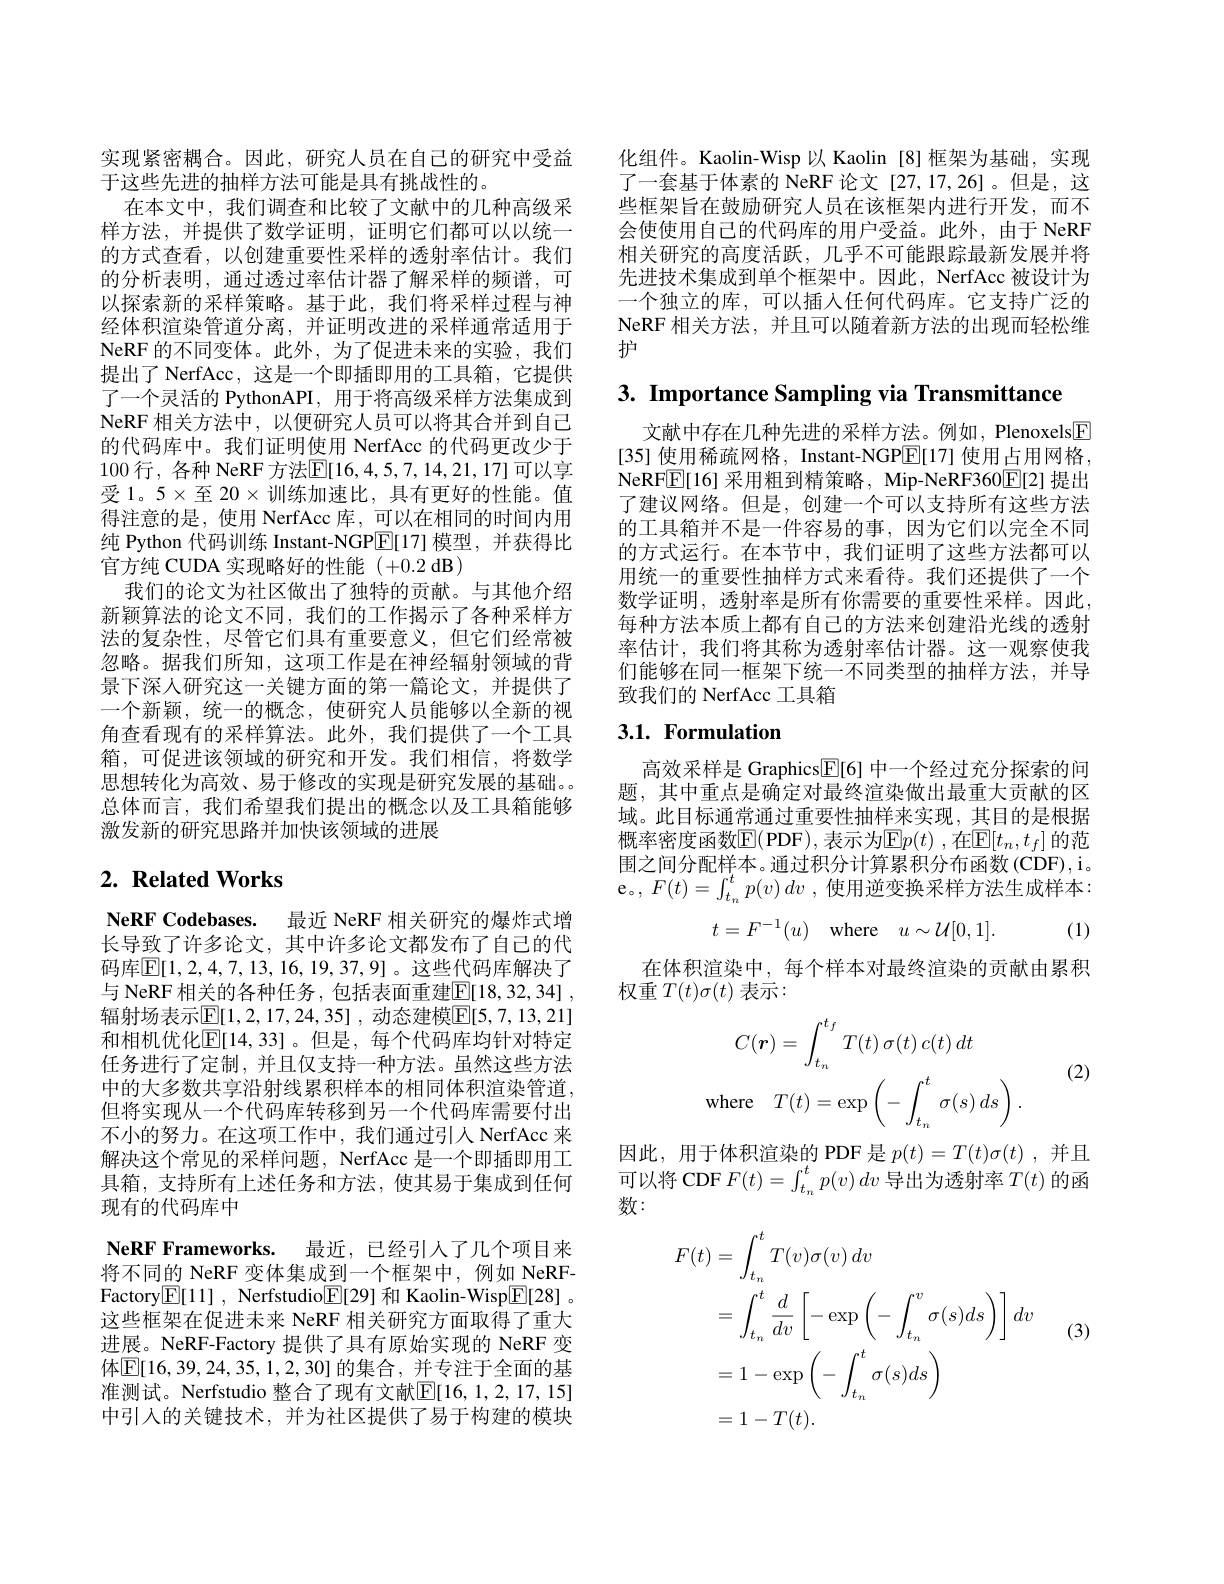
实现紧密耦合。因此，研究人员在自己的研究中受益
于这些先进的抽样方法可能是具有挑战性的。
在本文中，我们调查和比较了文献中的几种高级采样方法，并提供了数学证明，证明它们都可以以统一的方式查看，以创建重要性采样的透射率估计。我们的分析表明，通过透过率估计器了解采样的频谱，可以探索新的采样策略。基于此，我们将采样过程与神经体积渲染管道分离，并证明改进的采样通常适用于NeRF 的不同变体。此外，为了促进未来的实验，我们提出了 NerfAcc, 这是一个即插即用的工具箱，它提供了一个灵活的 PythonAPI, 用于将高级采样方法集成到NeRF 相关方法中，以便研究人员可以将其合并到自己的代码库中。我们证明使用 NerfAcc 的代码更改少于100 行，各种 NeRF 方法$\overline{\mathbb{E}}[16,4,5,7,14,21,17]$ 可以享受 1。5×至 $20\times$训练加速比，具有更好的性能。值得注意的是，使用 NerfAcc 库，可以在相同的时间内用纯 Python 代码训练 Instant-NGP$\boxed{\mathrm{E}}[17]$模型，并获得比官方纯 CUDA 实现略好的性能 (+0.2 dB)
我们的论文为社区做出了独特的贡献。与其他介绍新颖算法的论文不同，我们的工作揭示了各种采样方法的复杂性，尽管它们具有重要意义，但它们经常被忽略。据我们所知，这项工作是在神经辐射领域的背景下深人研究这一关键方面的第一篇论文，并提供了一个新颖，统一的概念，使研究人员能够以全新的视角查看现有的采样算法。此外，我们提供了一个工具箱，可促进该领域的研究和开发。我们相信，将数学思想转化为高效、易于修改的实现是研究发展的基础。总体而言，我们希望我们提出的概念以及工具箱能够激发新的研究思路并加快该领域的进展

## $2. \textbf{ Related Works}$

NeRF Codebases. 最近 NeRF 相关研究的爆炸式增长导致了许多论文，其中许多论文都发布了自己的代码库$\overline{\mathbb{E}}[1,2,4,7,13,16,19,37,9]$。这些代码库解决了与 NeRF 相关的各种任务，包括表面重建$\mathbb{E} [ 18, 32, 34]$ , 辐射场表示[E[1,2,17,24,35],动态建模[E[5,7,13,21]] 和相机优化$\overline{\mathrm{E}}[14,33]$。但是，每个代码库均针对特定任务进行了定制，并且仅支持一种方法。虽然这些方法中的大多数共享沿射线累积样本的相同体积渲染管道。但将实现从一个代码库转移到另一个代码库需要付出不小的努力。在这项工作中，我们通过引人 NerfAcc 来解决这个常见的采样问题，NerfAcc 是一个即插即用工具箱，支持所有上述任务和方法，使其易于集成到任何现有的代码库中
NeRF Frameworks. 最近，已经引人了几个项目来将不同的 NeRF 变体集成到一个框架中，例如 NeRFFactory$\boxed{\mathbb{E}}[11]$, Nerfstudio$\boxed{\mathbb{E}}[29]$和 Kaolin-Wisp$\boxed{\mathbb{E}}[28].$ 这些框架在促进未来 NeRF 相关研究方面取得了重大进展。NeRF-Factory 提供了具有原始实现的 NeRF 变体$\boxed{\mathbb{E}}[16,39,24,35,1,2,30]$ 的集合，并专注于全面的基准测试。Nerfstudio 整合了现有文献$\mathbb{E}[16,1,2,17,15]$ 中引入的关键技术，并为社区提供了易于构建的模块

化组件。Kaolin-Wisp以 Kaolin [8]框架为基础，实现了一套基于体素的 NeRF 论文 [27,17,26]。但是，这些框架旨在鼓励研究人员在该框架内进行开发，而不会使使用自己的代码库的用户受益。此外，由于 NeRF 相关研究的高度活跃，几乎不可能跟踪最新发展并将先进技术集成到单个框架中。因此，NerfAcc 被设计为一个独立的库，可以插入任何代码库。它支持广泛的NeRF 相关方法，并且可以随着新方法的出现而轻松维护

3. Importance Sampling via Transmittance

文献中存在几种先进的采样方法。例如，Plenoxels$\boxed{\mathrm{F}}$ [35] 使用稀疏网格，Instant-NGP$\boxed{\mathbb{E}}[17]$使用占用网格， NeRF$\boxed{\mathbb{E}}[16]$采用粗到精策略，Mip-NeRF360$\boxed{\mathbb{E}}[2]$提出了建议网络。但是，创建一个可以支持所有这些方法的工具箱并不是一件容易的事，因为它们以完全不同的方式运行。在本节中，我们证明了这些方法都可以用统一的重要性抽样方式来看待。我们还提供了一个数学证明，透射率是所有你需要的重要性采样。因此， 每种方法本质上都有自己的方法来创建沿光线的透射率估计，我们将其称为透射率估计器。这一观察使我们能够在同一框架下统一不同类型的抽样方法，并导致我们的 NerfAcc 工具箱

## 3.1. Formulation

高效采样是 Graphics$\underline{\mathrm{E}}[6]$中一个经过充分探索的问题，其中重点是确定对最终渲染做出最重大贡献的区域。此目标通常通过重要性抽样来实现，其目的是根据概率密度函数E(PDF),表示为E$p( t) $,在E$[ t_n, t_f]$的范围之间分配样本。通过积分计算累积分布函数(CDF),i。e。,$F( t) = \int _{t_n}^{t}p( v)$ $dv$ ,使用逆变换采样方法生成样本：
$$t=F^{-1}(u)\quad\text{where}\quad u\sim\mathcal{U}[0,1].$$
(1)

在体积渲染中，每个样本对最终渲染的贡献由累积
权重$T(t)\sigma(t)$ 表示：
$$\begin{aligned}C(\boldsymbol{r})&=\int_{t_n}^{t_f}T(t)\:\sigma(t)\:c(t)\:dt\\\mathrm{where}\quad T(t)&=\exp\left(-\int_{t_n}^t\:\sigma(s)\:ds\right).\end{aligned}$$
(2)

因此，用于体积渲染的 PDF 是$p(t)=T(t)\sigma(t)$ ,并且可以将 CDF $F( t) = \int _{t_n}^tp( v)$ $dv$导出为透射率$T(t)$的函数：

(3)
$$\begin{aligned}F(t)&=\int_{t_n}^tT(v)\sigma(v)\:dv\\&=\int_{t_n}^t\frac{d}{dv}\left[-\exp\left(-\int_{t_n}^v\sigma(s)ds\right)\right]dv\\&=1-\exp\left(-\int_{t_n}^t\sigma(s)ds\right)\\&=1-T(t).\end{aligned}$$